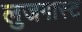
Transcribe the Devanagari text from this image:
लुजगास्ट